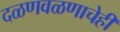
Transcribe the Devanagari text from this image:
दळणवळणाचेही